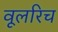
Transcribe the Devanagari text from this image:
वूलरिच